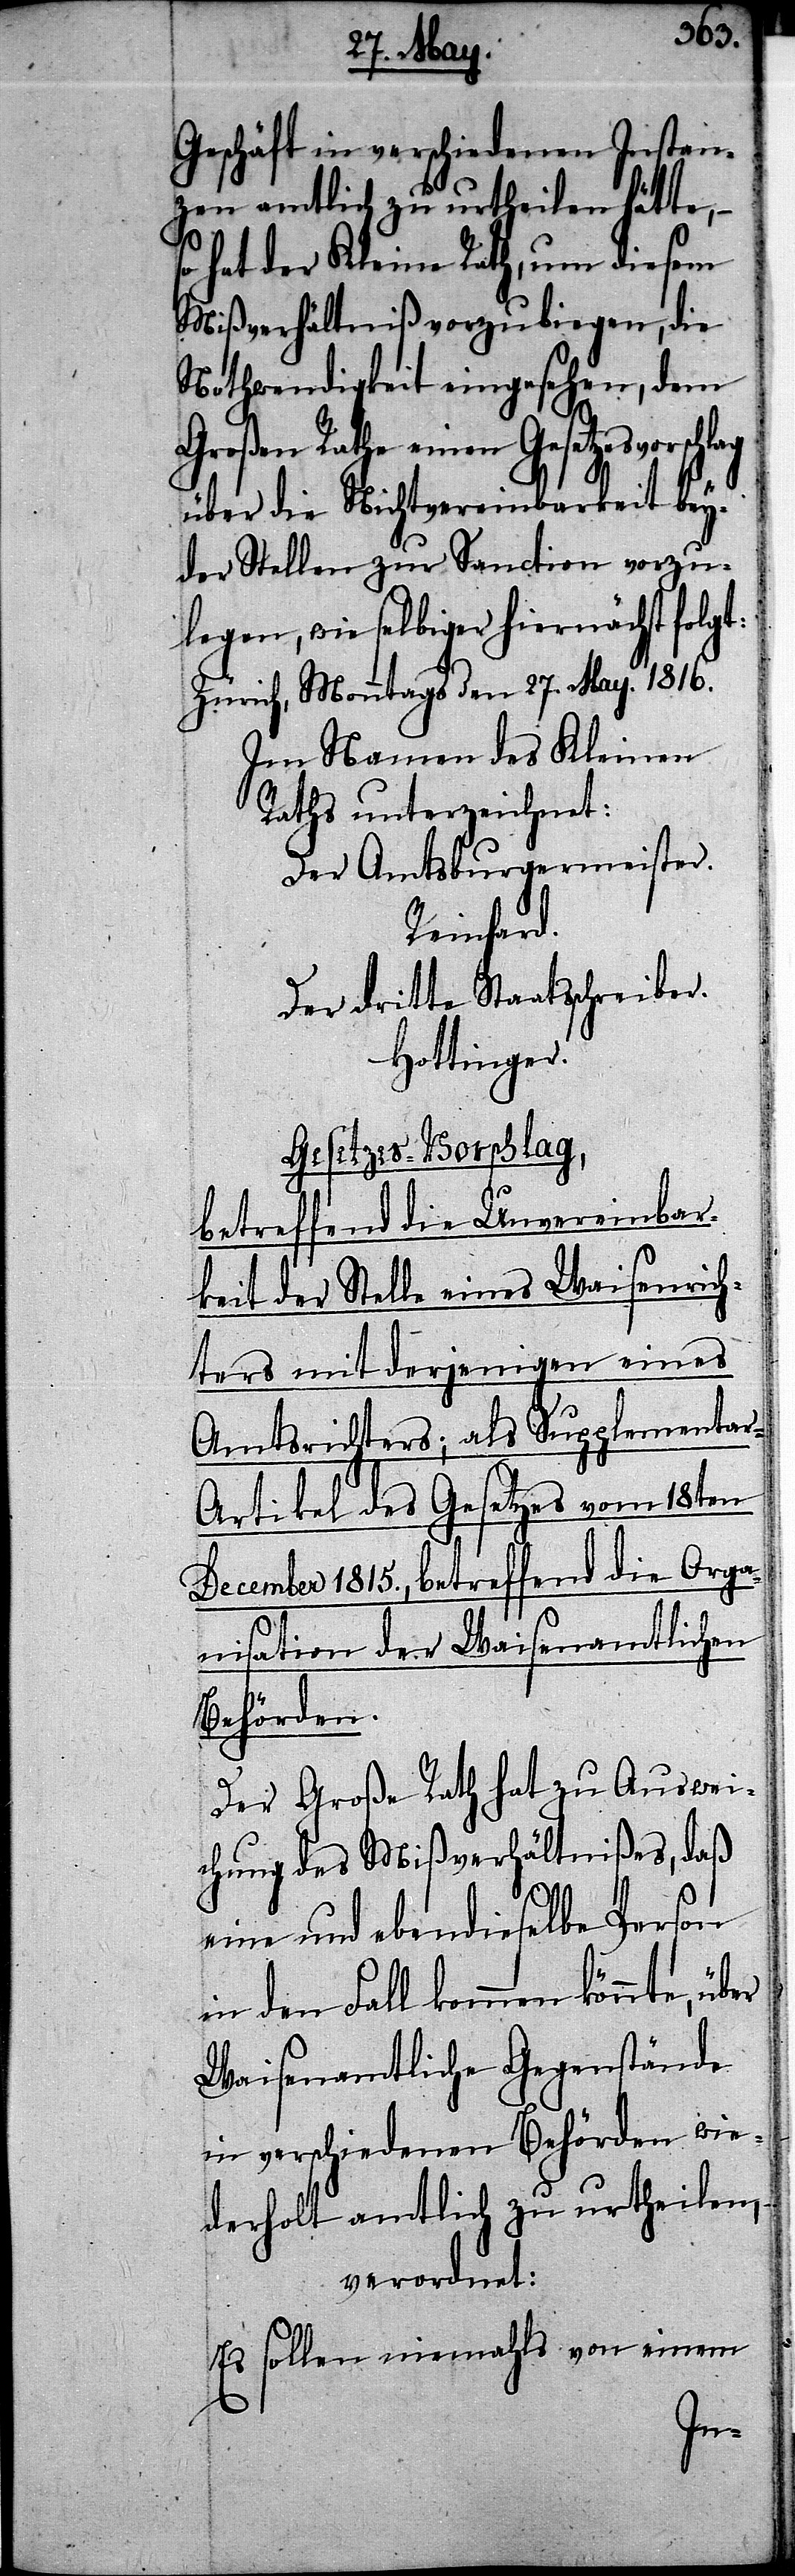
Geschäft in verschiedenen Instan¬
zen amtlich zu urtheilen hätte,
hat der Kleine Rath, um diesem
Mißverhältniß vorzubiegen, die
Nothwendigkeit eingesehen, dem
Großen Rathe einen Gesetzesvors¬
über die Nichtvereinbarkeit bey¬
der Stellen zur Sanction vorzu¬
legen, wie selbiger hiernächst folgt:
Zürich, Monntags den 27. May. 1816.
Im Namen des Kleinen
Raths unterzeichnet:
Der Amtsburgermeister.
Reinhard.
Der dritte Staatsschreiber.
Hottinger.
Gesetzes-Vorschlag,
chlag
betreffend die Unvereinbar¬
keit der Stelle eines Waisenrich¬
ters mit derjinigen eines
Amtsrichters; als Supplementa¬
r-Artikel des Gesetzes vom 18ten
December 1815., betreffend die Orga¬
nisation der Waisenamtlichen
Behörden.
Der Große Rath hat zu Auswei¬
chung des Mißverhältnißes, daß
eine und ebendieselbe Person
in den Fall kommen könnte, über
Waisenamtliche Gegenstände
in verschiedenen Behörden wie¬
derholt amtlich zu urtheilen,
verordnet:
Es sollen niemahls von einem